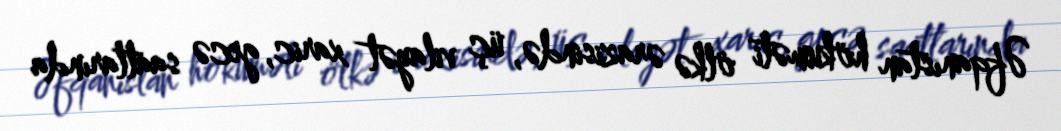
Əfqanıstan hökuməti ölkə ərazisində, üç vilayət xaric, gecə saatlarında